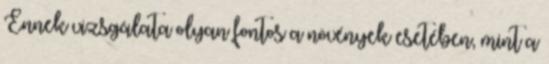
Ennek vizsgálata olyan fontos a növények esetében, mint a